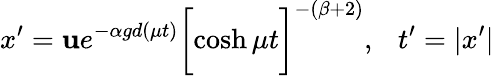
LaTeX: x^{\prime}={\mathbf u}e^{-\alpha gd(\mu t)}\biggl[\cosh{\mu t}\biggr]^{-(\beta+2)},~~~t^{\prime}=|x^{\prime}|